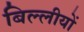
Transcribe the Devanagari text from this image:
बिल्लीयों